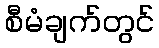
စီမံချက်တွင်